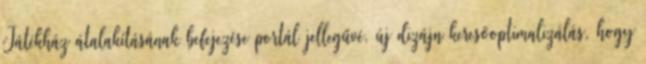
Játékház átalakításának befejezése portál jellegűvé, új dizájn keresőoptimalizálás, hogy